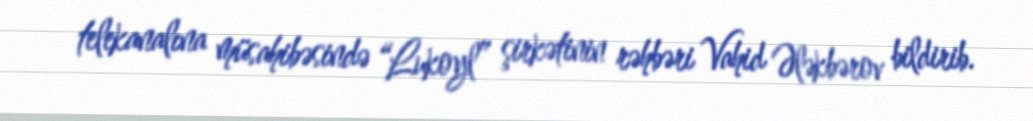
telekanalına müsahibəsində “Lukoyl” şirkətinin rəhbəri Vahid Ələkbərov bildirib.